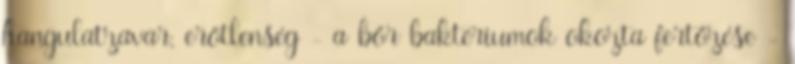
hangulatzavar, erőtlenség - a bőr baktériumok okozta fertőzése -